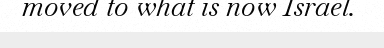
moved to what is now Israel.